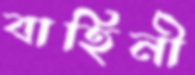
বাহিনী